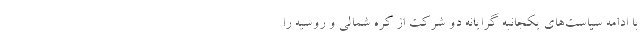
با ادامه سیاست‌های یکجانبه گرایانه دو شرکت از کره شمالی و روسیه را